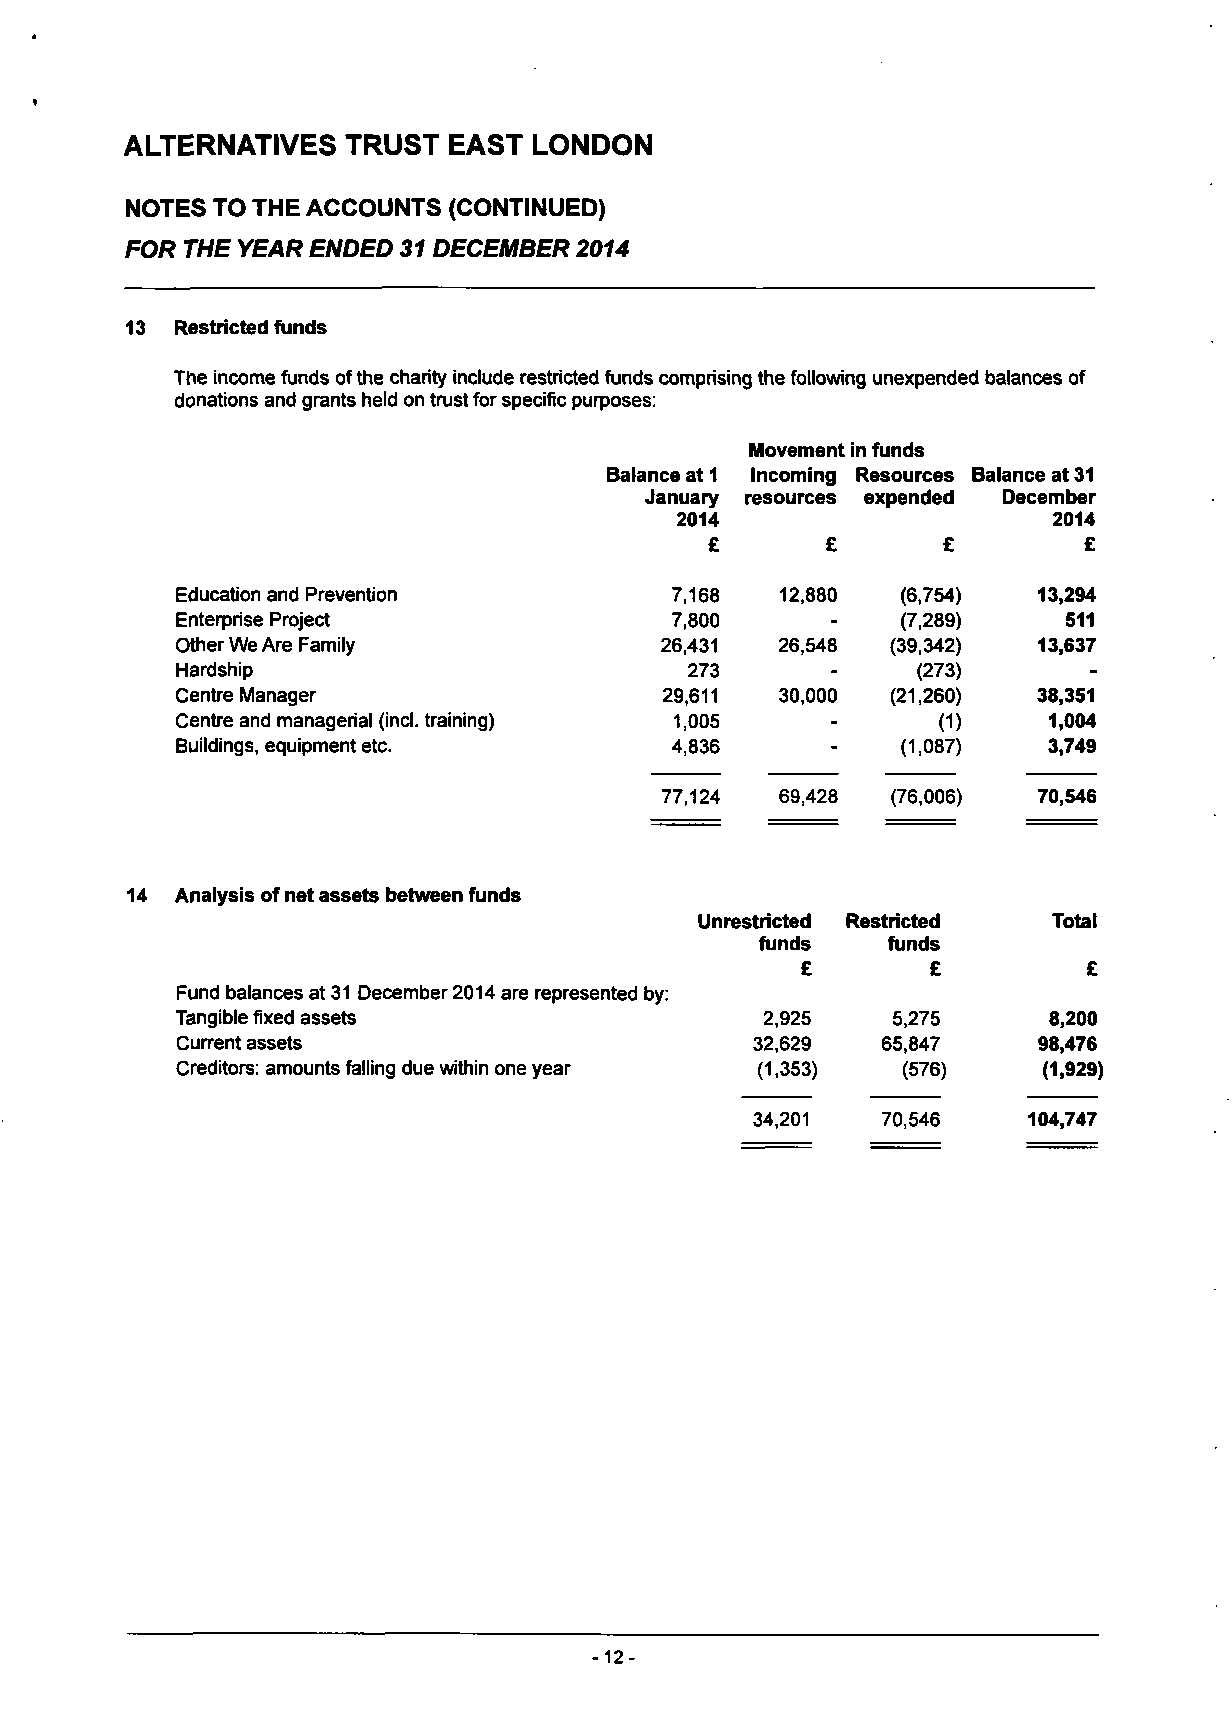
ALTERNATIVES   TRUST  EAST LONDON
 NOTES  TO THE ACCOUNTS (CONTINUED)
 FOR THE YEAR ENDED 31 DECEMBER 2014
 13  Restricted funds
 The income funds of the charity include restricted funds comprising the following unexpended balances of
 donations and grants held on trust for specific purposes:
 Movement in funds
 Balance at 1 Incoming Resources Balance at 31
 January resources expended December
 2014                     2014
 £       £      £         £
 Education and Prevention        7,168   12,880  (6,754)  13,294
 Enterprise Project              7,800      -    (7,289)    511
 Other We Are Family             26,431  26,548 (39,342)  13,637
 Hardship                         273       -     (273)      -
 Centre Manager                  29,611  30,000 (21,260)  38,351
 Centre and managerial (incl. training) 1,005 -    (D     1,004
 Buildings, equipment etc.       4,836      -    (1,087)  3,749
 77,124  69,428 (76,006)  70,546
 Analysis of net assets between funds
 Unrestricted Restricted Total
 funds    funds
 £        £         £
 Fund balances at 31 December 2014 are represented by:
 Tangible fixed assets                  2,925   5,275     8,200
 Current assets                        32,629  65,847     98,476
 Creditors: amounts falling due within one year (1,353) (576) (1,929)
 34,201  70,546    104,747
 -12-